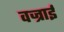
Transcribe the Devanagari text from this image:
वज्राई